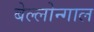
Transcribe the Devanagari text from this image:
बेल्लोन्गाल